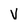
Character: V